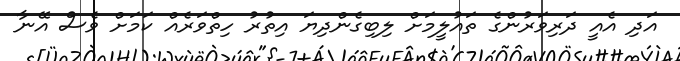
އަދި އެއީ ދަރިވަރުންގެ ތައުލީމަށް ލިބިގެންދިޔަ އިތުރު ހިތްވަރެއް ކަމަށް ވެސް އޭނާ